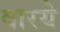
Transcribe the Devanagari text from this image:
वारये